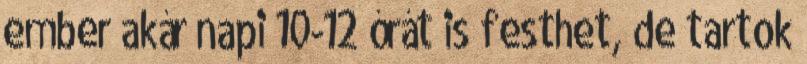
ember akár napi 10-12 órát is festhet, de tartok